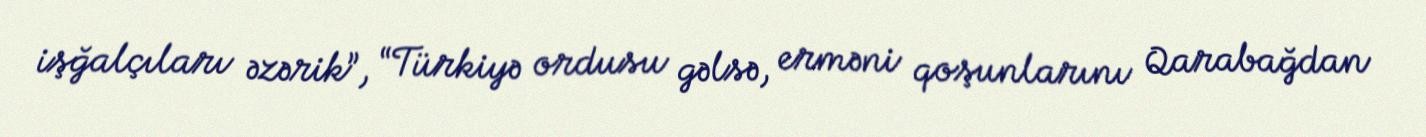
işğalçıları əzərik”, “Türkiyə ordusu gəlsə, erməni qoşunlarını Qarabağdan